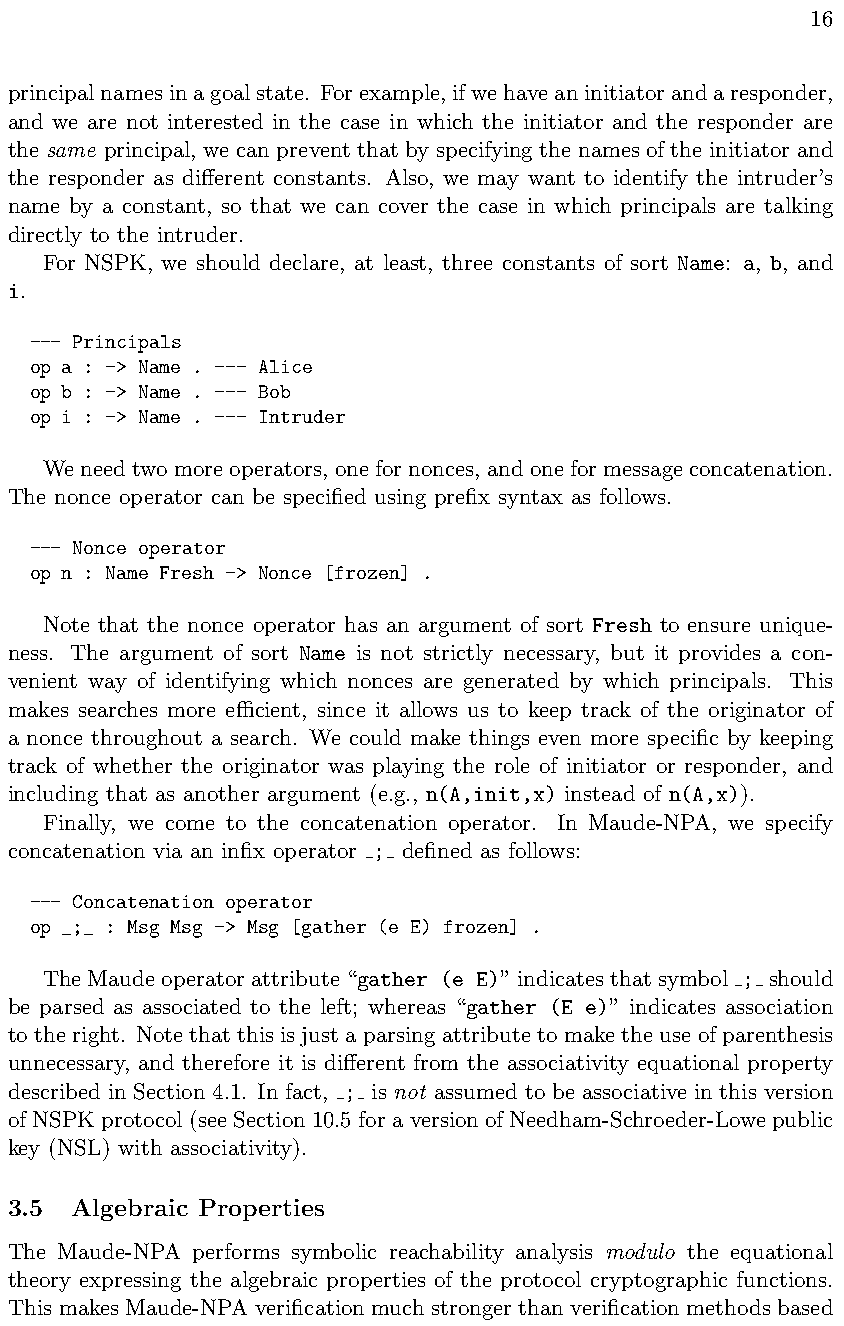
16
 principalnamesinagoalstate. Forexample,ifwehaveaninitiatorandaresponder,
 and we are not interested in the case in which the initiator and the responder are
 the same principal, we can prevent that by specifying the names of the initiator and
 the responder as di↵erent constants. Also, we may want to identify the intruder’s
 name by a constant, so that we can cover the case in which principals are talking
 directly to the intruder.
 For NSPK, we should declare, at least, three constants of sort Name: a, b, and
 i.
 --- Principals
 op a : -> Name . --- Alice
 op b : -> Name . --- Bob
 op i : -> Name . --- Intruder
 Weneedtwomoreoperators, onefornonces, andoneformessageconcatenation.
 The nonce operator can be specified using prefix syntax as follows.
 --- Nonce operator
 op n : Name Fresh -> Nonce [frozen] .
 Note that the nonce operator has an argument of sort Fresh to ensure unique-
 ness. The argument of sort Name is not strictly necessary, but it provides a con-
 venient way of identifying which nonces are generated by which principals. This
 makes searches more ecient, since it allows us to keep track of the originator of
 a nonce throughout a search. We could make things even more specific by keeping
 track of whether the originator was playing the role of initiator or responder, and
 including that as another argument (e.g., n(A,init,x) instead of n(A,x)).
 Finally, we come to the concatenation operator. In Maude-NPA, we specify
 concatenation via an infix operator ; defined as follows:
 --- Concatenation operator
 op _;_ : Msg Msg -> Msg [gather (e E) frozen] .
 TheMaudeoperatorattribute“gather (e E)”indicatesthatsymbol ; should
 be parsed as associated to the left; whereas “gather (E e)” indicates association
 to the right. Note that this is just a parsing attribute to make the use of parenthesis
 unnecessary, and therefore it is di↵erent from the associativity equational property
 described in Section 4.1. In fact, ; is not assumed to be associative in this version
 of NSPK protocol (see Section 10.5 fora version of Needham-Schroeder-Lowe public
 key (NSL) with associativity).
 3.5  Algebraic Properties
 The Maude-NPA performs symbolic reachability analysis modulo the equational
 theory expressing the algebraic properties of the protocol cryptographic functions.
 This makes Maude-NPA verification much stronger than verification methods based